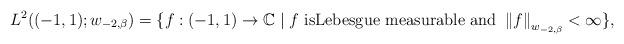
LaTeX: \begin{align*}L^{2}((-1,1);w_{-2,\beta})=\{f:(-1,1)\rightarrow\mathbb{C}\mid f\text{ isLebesgue measurable and }\left\Vert f\right\Vert _{w_{-2,\beta}}<\infty\},\end{align*}